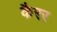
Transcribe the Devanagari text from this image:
कैरर